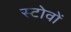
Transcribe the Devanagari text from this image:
स्टोवों